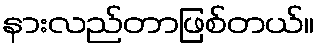
နားလည်တာဖြစ်တယ်။